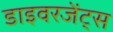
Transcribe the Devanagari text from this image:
डाइवरजेंट्स